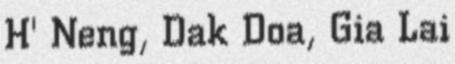
H' Neng, Dak Doa, Gia Lai